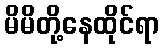
မိမိတို့နေထိုင်ရာ